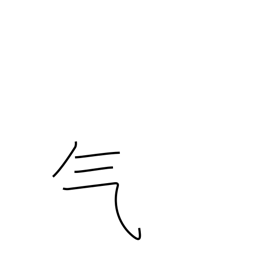
Meaning: steam radical (no. 84)